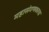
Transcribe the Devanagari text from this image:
महासंगणकाचा